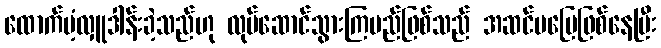
ထောက်ပံ့လှူဒါန်းခဲ့သည်ဟု လုပ်ဆောင်သွားကြမည်ဖြစ်သည် အဆင်မပြေဖြစ်နေပြီး